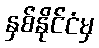
နှစ်နိုင်ငံမှ